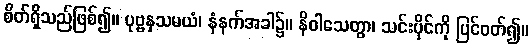
စိတ်ရှိသည်ဖြစ်၍။ ပုဗ္ဗနှသမယံ၊ နံနက်အခါ၌။ နိဝါသေတွာ၊ သင်းပိုင်ကို ပြင်ဝတ်၍။